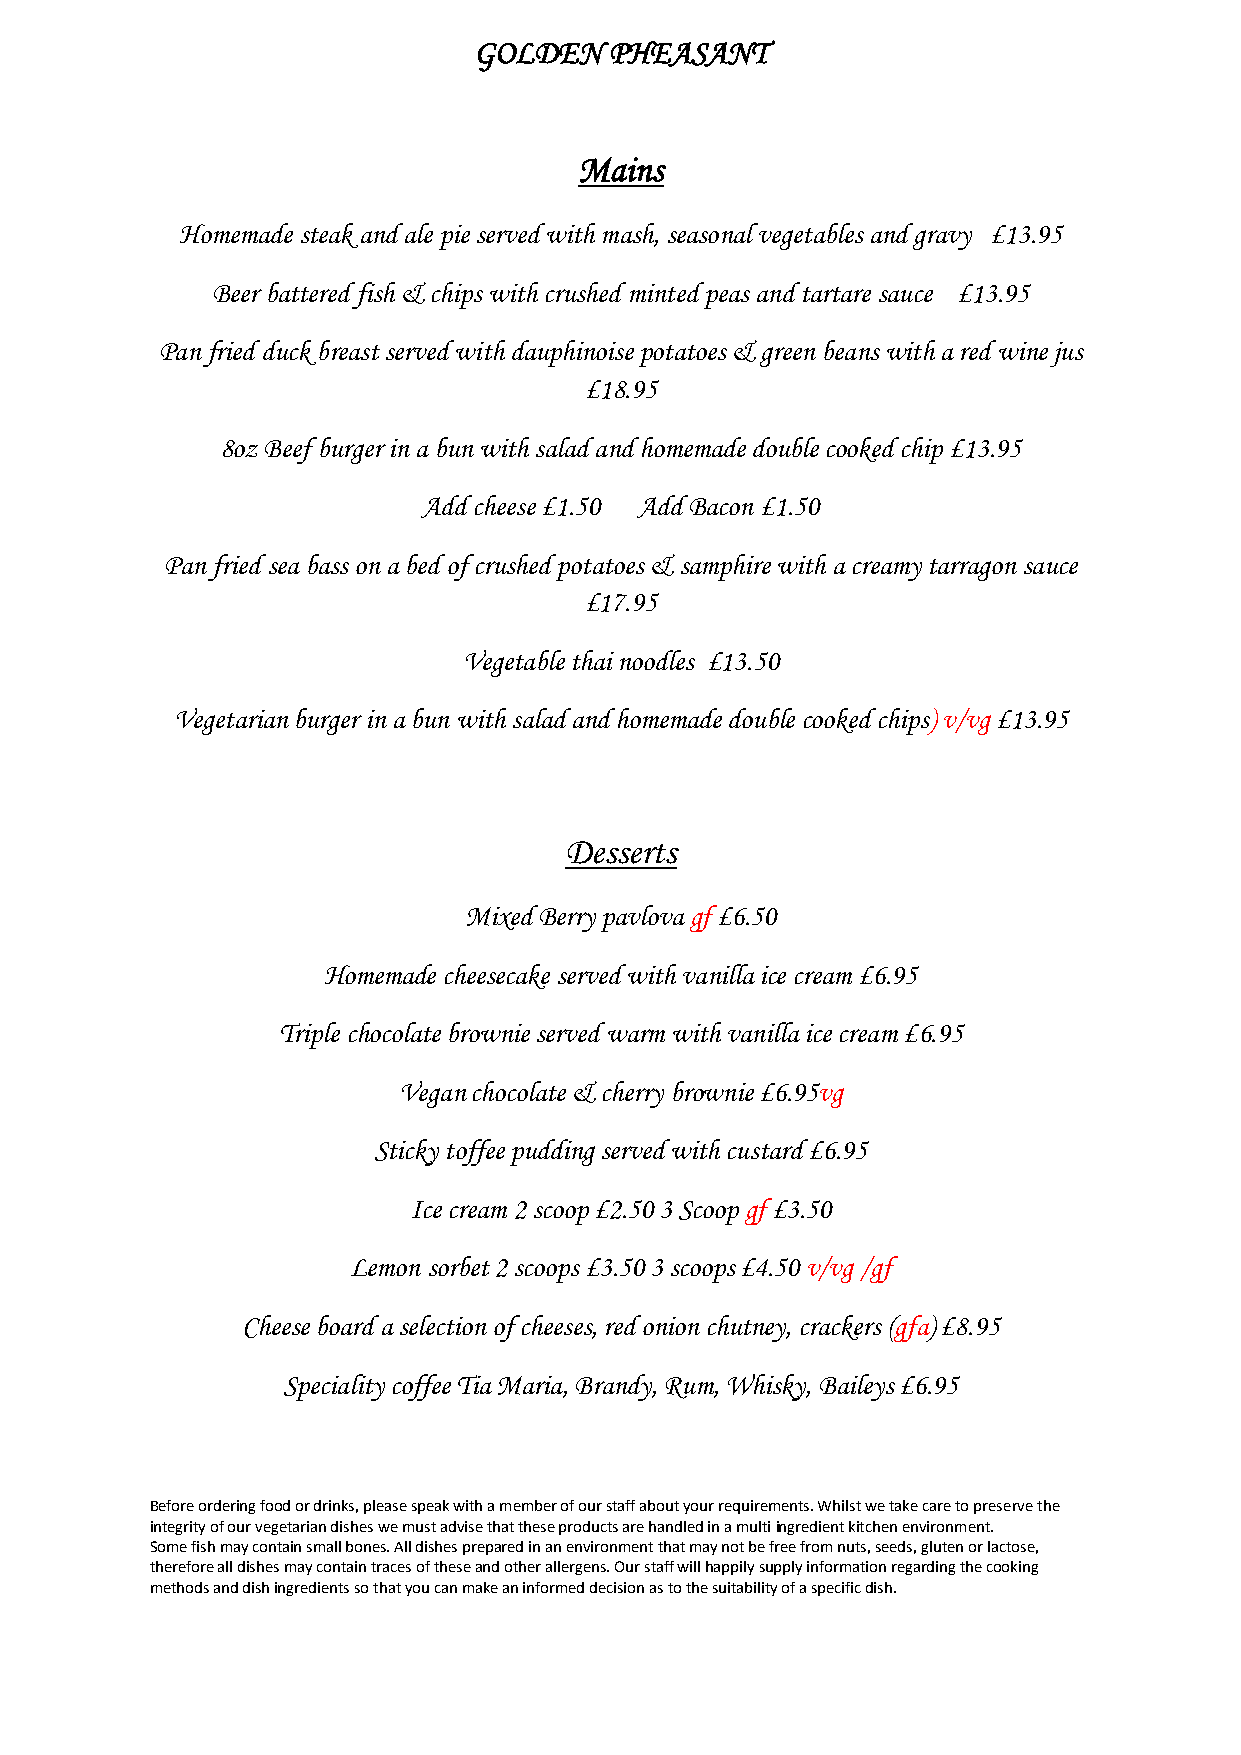
GOLDEN   PHEASANT
 Mains
 Homemade steak and ale pie served with mash, seasonal vegetables and gravy £13.95
 Beer battered fish & chips with crushed minted peas and tartare sauce £13.95
 Pan fried duck breast served with dauphinoise potatoes & green beans with a red wine jus
 £18.95
 8oz Beef burger in a bun with salad and homemade double cooked chip £13.95
 Add cheese £1.50 Add Bacon £1.50
 Pan fried sea bass on a bed of crushed potatoes & samphire with a creamy tarragon sauce
 £17.95
 Vegetable thai noodles £13.50
 Vegetarian burger in a bun with salad and homemade double cooked chips) v/vg £13.95
 Desserts
 Mixed Berry pavlova gf £6.50
 Homemade cheesecake served with vanilla ice cream £6.95
 Triple chocolate brownie served warm with vanilla ice cream £6.95
 Vegan chocolate & cherry brownie £6.95vg
 Sticky toffee pudding served with custard £6.95
 Ice cream 2 scoop £2.50 3 Scoop gf £3.50
 Lemon sorbet 2 scoops £3.50 3 scoops £4.50 v/vg /gf
 Cheese board a selection of cheeses, red onion chutney, crackers (gfa) £8.95
 Speciality coffee Tia Maria, Brandy, Rum, Whisky, Baileys £6.95
 Before ordering food or drinks, please speak with a member of our staff about your requirements. Whilst we take care to preserve the
 integrity of our vegetarian dishes we must advise that these products are handled in a multi ingredient kitchen environment.
 Some fish may contain small bones. All dishes prepared in an environment that may not be free from nuts, seeds, gluten or lactose,
 therefore all dishes may contain traces of these and other allergens. Our staff will happily supply information regarding the cooking
 methods and dish ingredients so that you can make an informed decision as to the suitability of a specific dish.